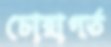
চোরাগর্ত